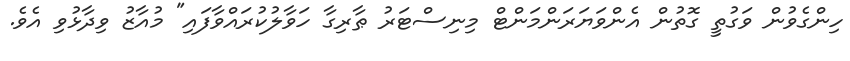
ހިންގެވުން ވަގުތީ ގޮތުން އެންވަޔަރަންމަންޓް މިނިސްޓަރު ޠާރިގާ ހަވާލުކުރައްވާފައި" މުއާޒު ވިދާޅުވި އެވެ.